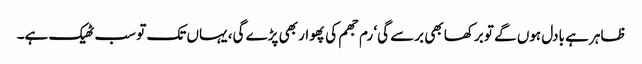
ظاہر ہے بادل ہوں گے تو برکھا بھی برسے گی‘ رم جھم کی پھوار بھی پڑے گی، یہاں تک تو سب ٹھیک ہے۔